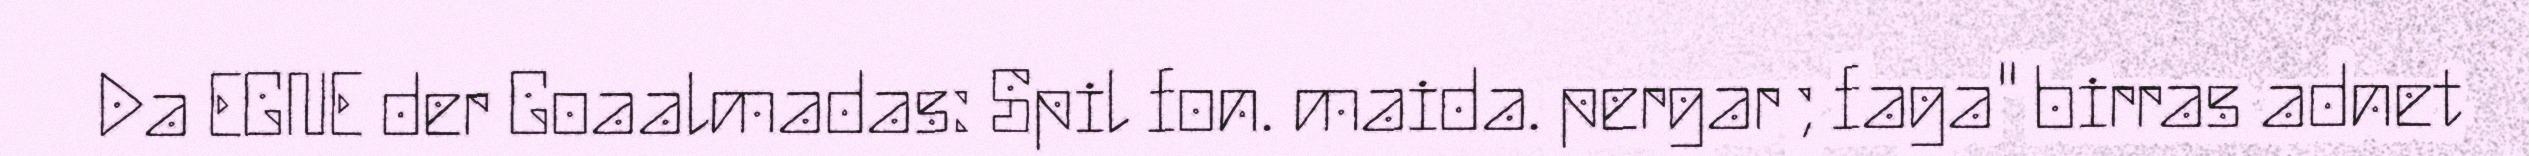
Da EGNE der Goaalmadas: Spil fon. maida. pergar ; faga" birras adnet